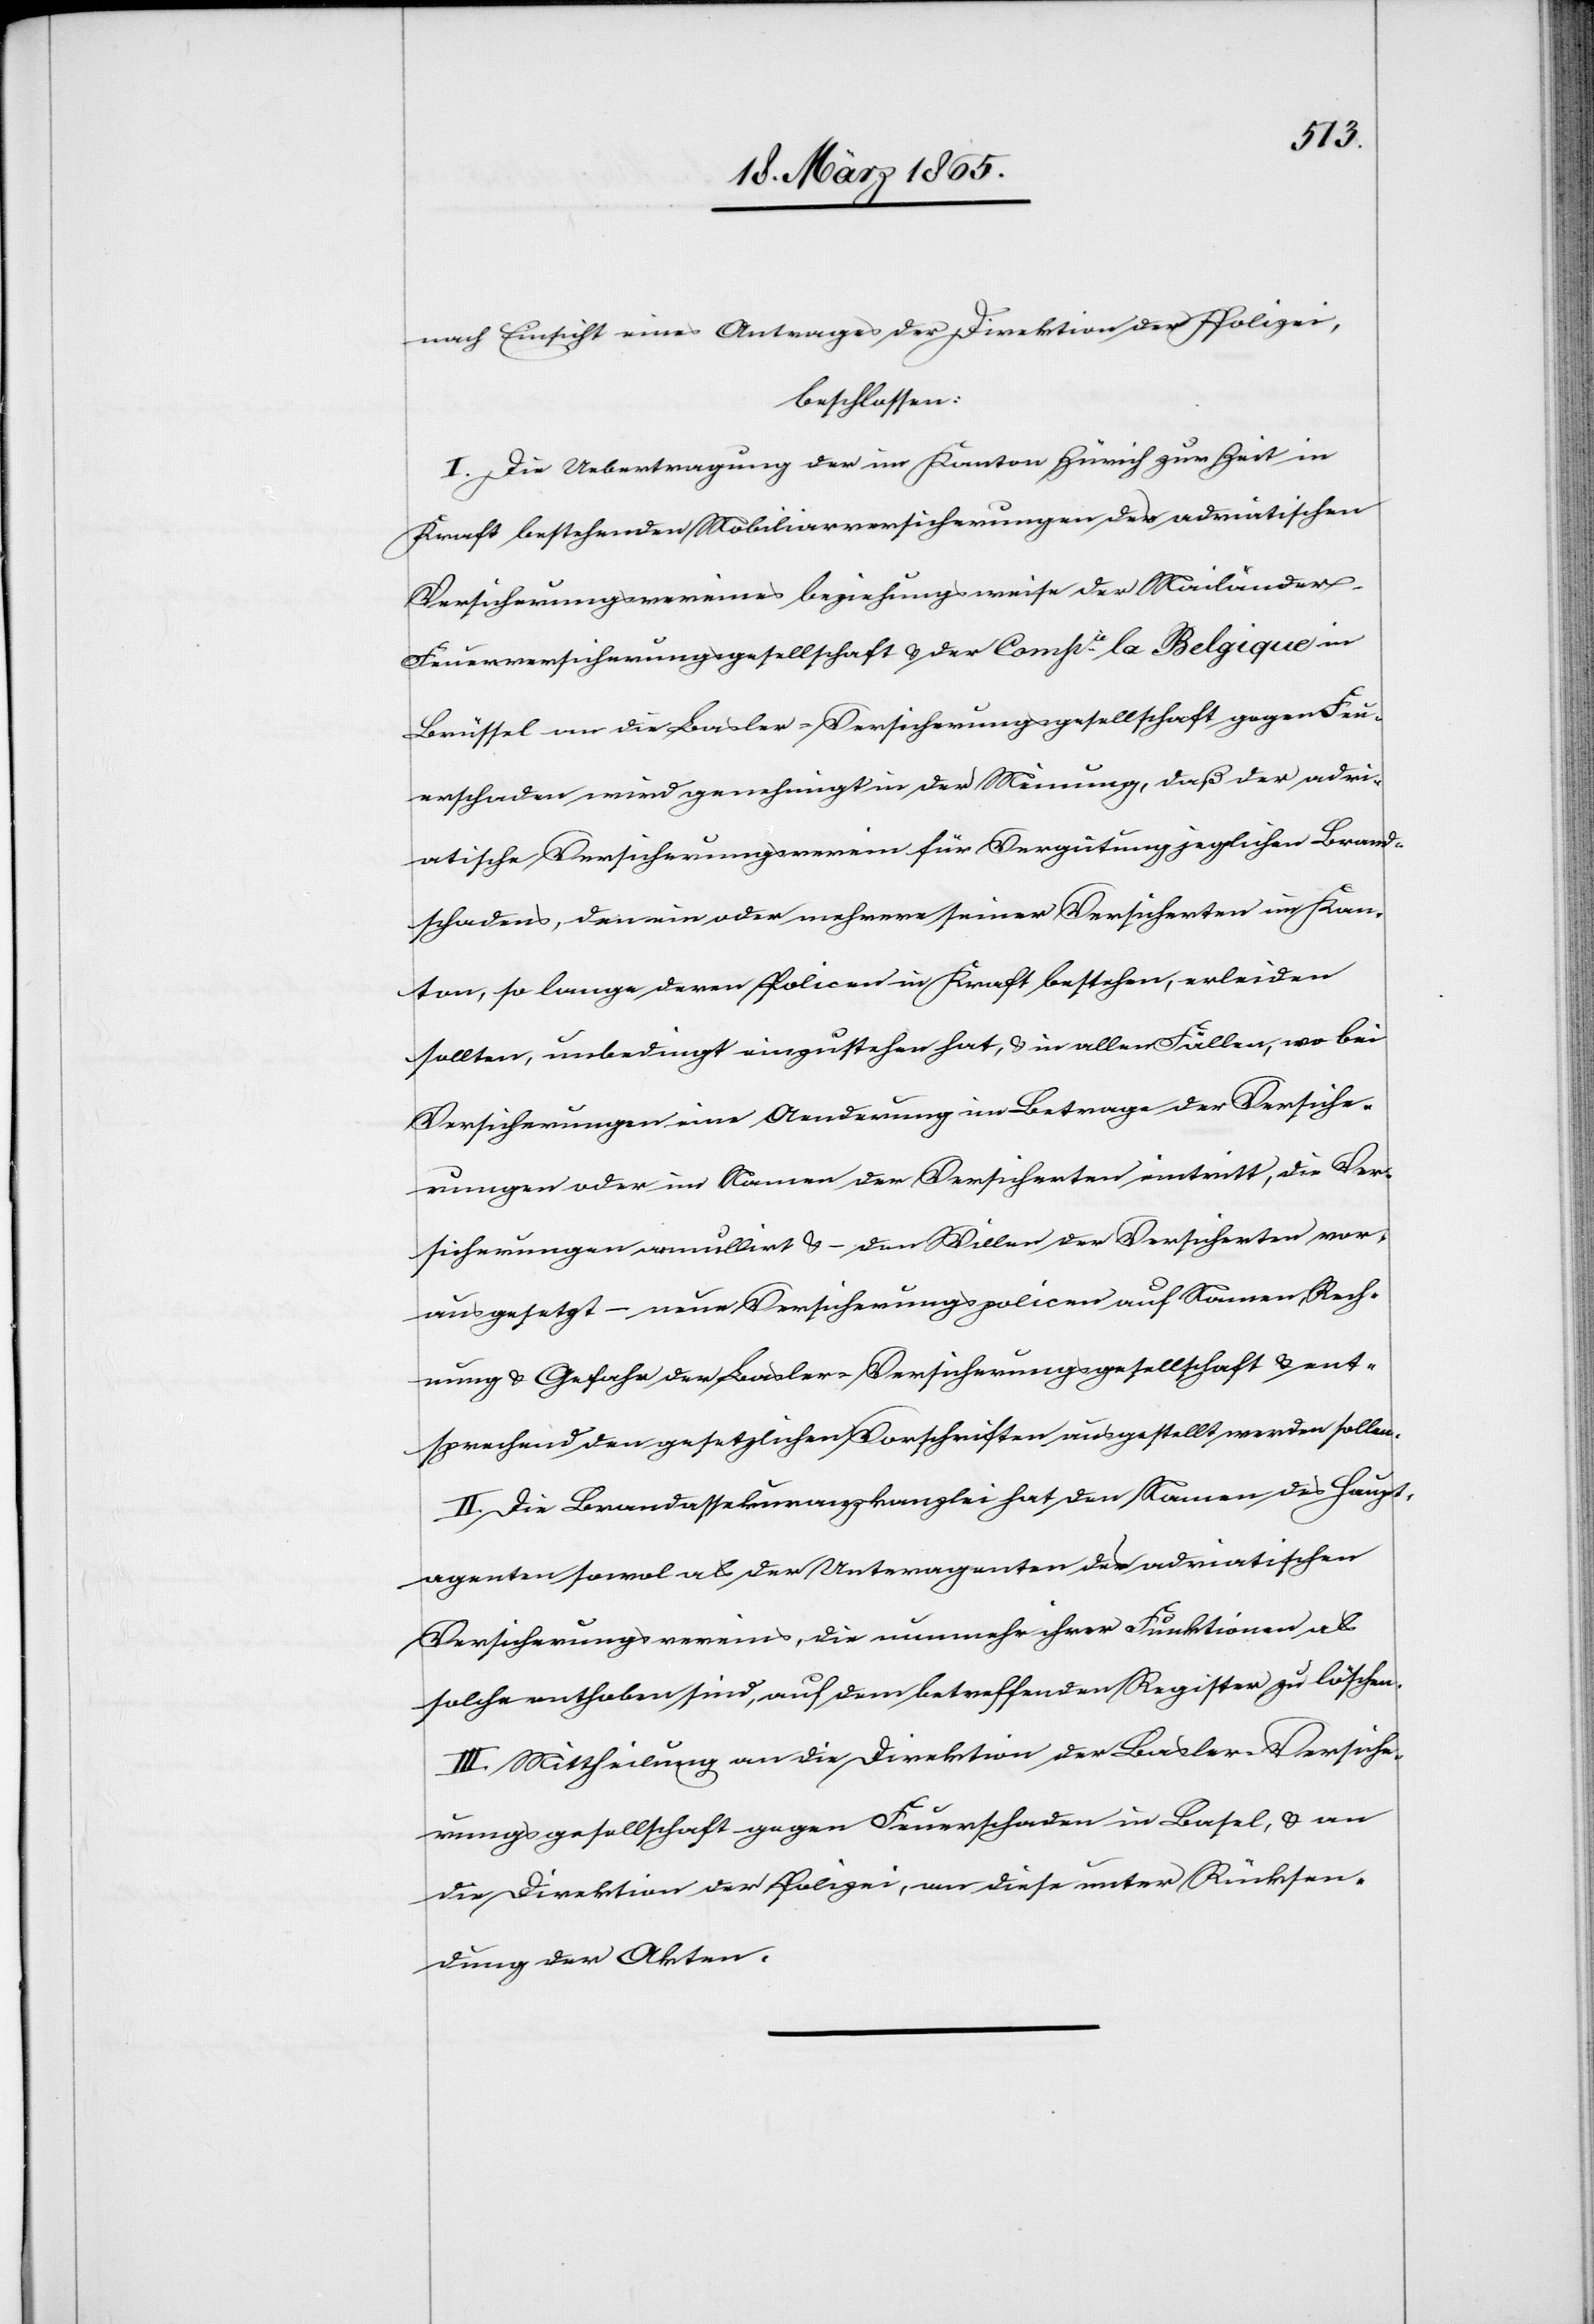
nach Einsicht eines Antrages der Direktion der Polizei,
beschlossen:
I. Die Uebertragung der im Kanton Zürich zur Zeit in
Kraft bestehenden Mobiliarversicherungen der adriatischen
Versicherungsvereines beziehungsweise der Mailänder-F¬
euerversicherungsgesellschaft & der Compie la Belgique in
Brüssel an die Basler-Versicherungsgesellschaft gegen Feu¬
erschaden wird genehmigt in der Meinung, daß der adri¬
atische Versicherungsverein für Vergütung jeglichen Brand¬
schadens, den ein oder mehrere seiner Versicherten im Kan¬
ton, so lange deren Policen in Kraft bestehen, erleiden
sollten, unbedingt einzustehen hat, & in allen Fällen, wo bei
Versicherungen eine Aenderung im Betrage der Versiche¬
rungen oder im Namen der Versicherten eintritt, die Ver¬
sicherungen annullirt & – den Willen der Versicherten vor¬
ausgesetzt – neue Versicherungspolicen auf Namen, Rech¬
nung & Gefahr der Basler-Versicherungsgesellschaft & ent¬
sprechend den gesetzlichen Vorschriften ausgestellt werden sollen.
II. Die Brandassekuranzkanzlei hat den Namen des Haupt¬
agenten sowol als der Unteragenten des adriatischen
Versicherungsvereines, die nunmehr ihrer Funktionen als
solche enthoben sind, auf dem betreffenden Register zu löschen.
III. Mittheilung an die Direktion der Basler-Versiche¬
rungsgesellschaft gegen Feuerschaden in Basel, & an
die Direktion der Polizei, an diese unter Rücksen¬
dung der Akten.